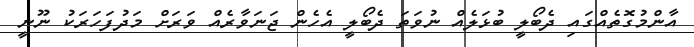
އާންމުގޮތެއްގައި ދެބޯލީ ބުޅަލެއް ނުވަތަ ދެބޯލީ އެހެން ޖަނަވާރެއް ވަރަށް މަދުފަހަރަކު ނޫނީ